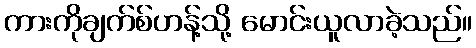
ကားကိုချက်စ်ဟန့်သို့ မောင်းယူလာခဲ့သည်။